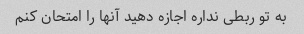
به تو ربطی نداره اجازه دهید آنها را امتحان کنم